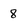
Character: 8